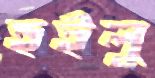
হইলু